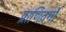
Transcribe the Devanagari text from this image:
प्राणिवर्गों